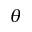
\theta